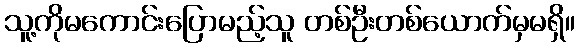
သူ့ကိုမကောင်းပြောမည့်သူ တစ်ဦးတစ်ယောက်မှမရှိ။